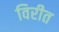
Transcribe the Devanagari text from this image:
विरीत